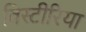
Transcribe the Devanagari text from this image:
विस्टीरिया